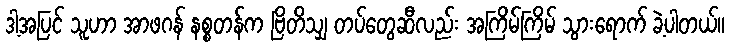
ဒါ့အပြင် သူဟာ အာဖဂန် နစ္စတန်က ဗြိတိသျှ တပ်တွေဆီလည်း အကြိမ်ကြိမ် သွားရောက် ခဲ့ပါတယ်။